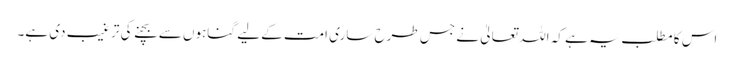
اس کا مطلب یہ ہے کہ اللہ تعالیٰ نے جس طرح ساری امت کے لیے گناہوں سے بچنے کی ترغیب دی ہے۔